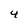
Character: 4